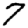
Digit: 7